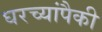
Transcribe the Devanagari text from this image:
घरच्यांपैकी